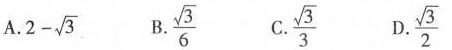
A. $$2 - \sqrt { 3 }$$ B.\frac{\sqrt{3}}{6} C.\frac{\sqrt{3}}{3} D.\frac{\sqrt{3}}{2}